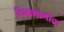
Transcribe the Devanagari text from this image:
विभागाणीचा